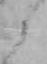
と